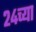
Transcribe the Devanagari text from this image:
२४च्या